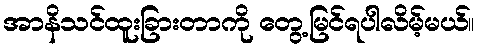
အာနိသင်ထူးခြားတာကို တွေ့မြင်ရပါလိမ့်မယ်။